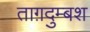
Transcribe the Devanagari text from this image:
ताग़दुम्बश